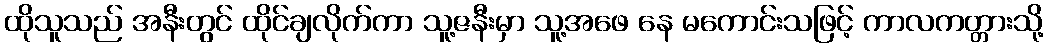
ထိုသူသည် အနီးတွင် ထိုင်ချလိုက်ကာ သူ့ဇနီးမှာ သူ့အဖေ နေ မကောင်းသဖြင့် ကာလကတ္တားသို့